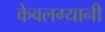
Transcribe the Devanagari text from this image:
केवलग्यानी